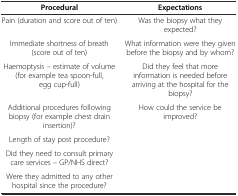
| Procedural | Expectations |
 | --- | --- |
 | Pain (duration and score out of ten) | Was the biopsy what they expected? |
 | Immediate shortness of breath (score out of ten) | What information were they given before the biopsy and by whom? |
 | Haemoptysis – estimate of volume (for example tea spoon-full, egg cup-full) | Did they feel that more information is needed before arriving at the hospital for the biopsy? |
 | Additional procedures following biopsy (for example chest drain insertion)? | How could the service be improved? |
 | Length of stay post procedure? | <ROWSPAN=2>  |
 | Did they need to consult primary care services – GP/NHS direct? |
 | Were they admitted to any other hospital since the procedure? |  |